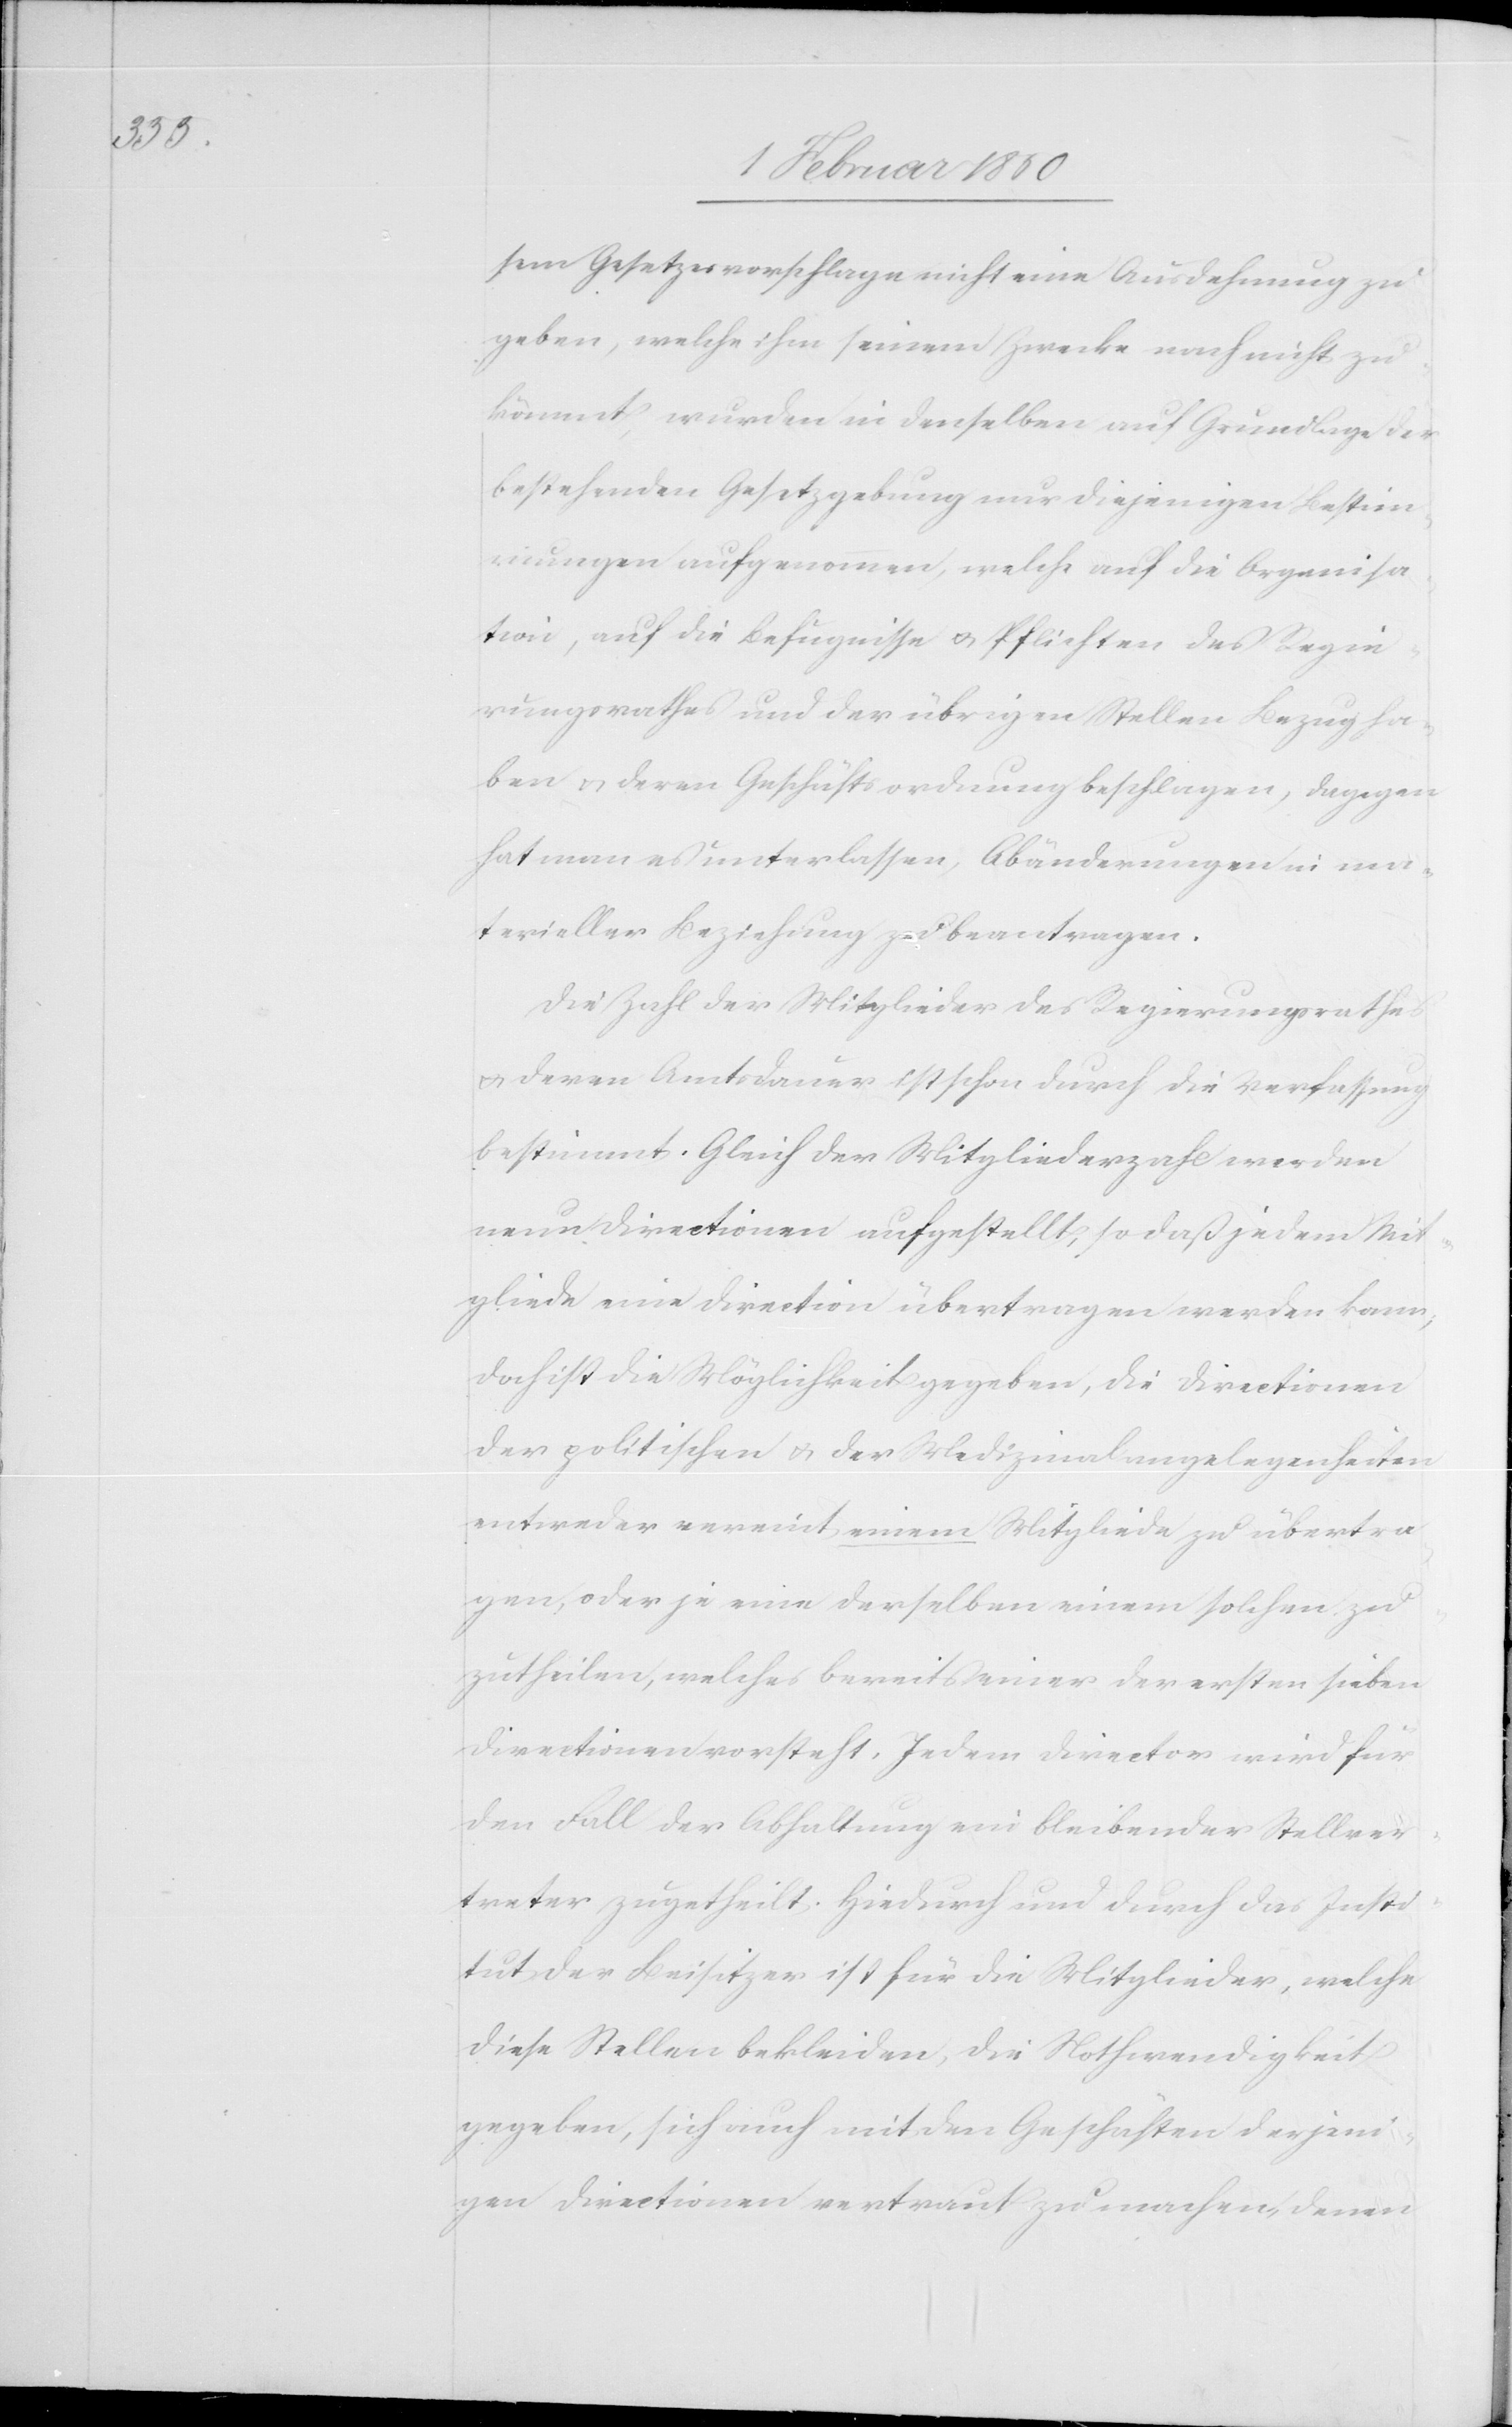
sem Gesetzesvorschlage nicht eine Ausdehnung zu
geben, welche ihm seinem Zwecke nach nicht zu¬
kömmt, wurden in denselben auf Grundlage der
bestehenden Gesetzgebung nur diejenigen Bestim¬
mungen aufgenommen, welche auf die Organisa¬
tion, auf die Befugnisse u. Pflichten des Regie¬
rungsrathes und der übrigen Stellen Bezug ha¬
ben u. deren Geschäftsordnung beschlagen, dagegen
hat man es unterlassen, Abänderungen in ma¬
terieller Beziehung zu beantragen.
Die Zahl der Mitglieder des Regierungsrathes
u. deren Amtsdauer ist schon durch die Verfassung
bestimmt. Gleich der Mitgliederzahl werden
neun Directionen aufgestellt, so daß jedem Mit¬
gliede eine Direction übertragen werden kann,
doch ist die Möglichkeit gegeben, die Directionen
der politischen u. der Medizinalangelegenheiten
entweder vereint einem Mitgliede zu übertra¬
gen, oder je eine derselben einem solchen zu
zutheilen, welches bereits einer der ersten sieben
Directionen vorsteht. Jedem Director wird für
den Fall der Abhaltung ein bleibender Stellver¬
treter zugetheilt. Hiedurch und durch das Insti¬
tut der Beisitzer ist für die Mitglieder, welche
diese Stellen bekleiden, die Nothwendigkeit
gegeben, sich auch mit den Geschäften derjeni¬
gen Directionen vertraut zu machen, denen